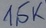
Text: 1,5K